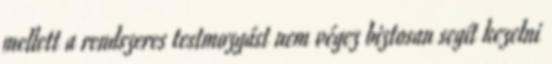
mellett a rendszeres testmozgást nem végez biztosan segít kezelni